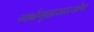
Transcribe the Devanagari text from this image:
गर्भगृहासारखेच